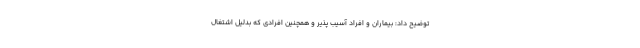
توضیح داد: بیماران و افراد آسیب پذیر و همچنین افرادی که بدلیل اشتغال